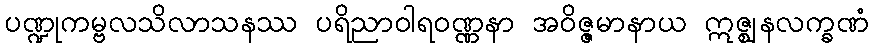
ပဏ္ဍုကမ္ဗလသိလာသနဿ ပရိညာဝါရဝဏ္ဏနာ အဝိဇ္ဇမာနာယ ဣဇ္ဈနလက္ခဏံ